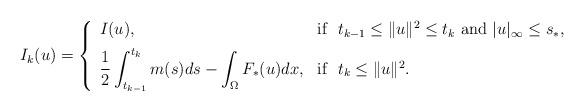
LaTeX: \begin{align*}I_{k}(u)=\left \{ \begin{array}{ll}I(u), & \mbox{if \ $t_{k-1}\leq \|u\|^{2}\leq t_{k} \ \mbox{and $|u|_{\infty}\leq s_{\ast}$}$,}\medskip\\\displaystyle\frac{1}{2}\int_{t_{k-1}}^{t_{k}}m(s)ds-\int_{\Omega}F_{\ast}(u)dx, & \mbox{if \ $t_{k}\leq \|u\|^{2}$}.\end{array}\right.\end{align*}